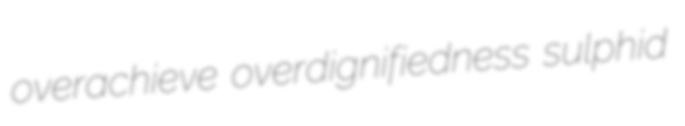
overachieve overdignifiedness sulphid